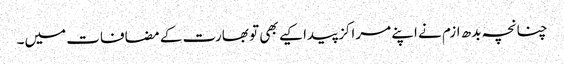
چنانچہ بدھ ازم نے اپنے مراکز پیدا کیے بھی تو بھارت کے مضافات میں۔